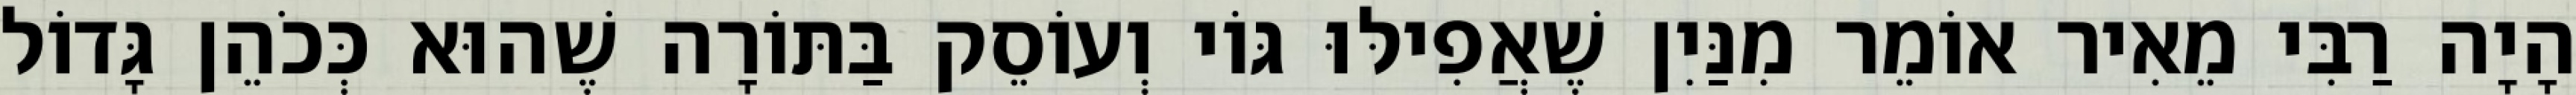
הָיָה רַבִּי מֵאִיר אוֹמֵר מִנַּיִן שֶׁאֲפִילּוּ גּוֹי וְעוֹסֵק בַּתּוֹרָה שֶׁהוּא כְּכֹהֵן גָּדוֹל